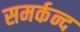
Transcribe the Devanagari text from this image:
समर्कन्द